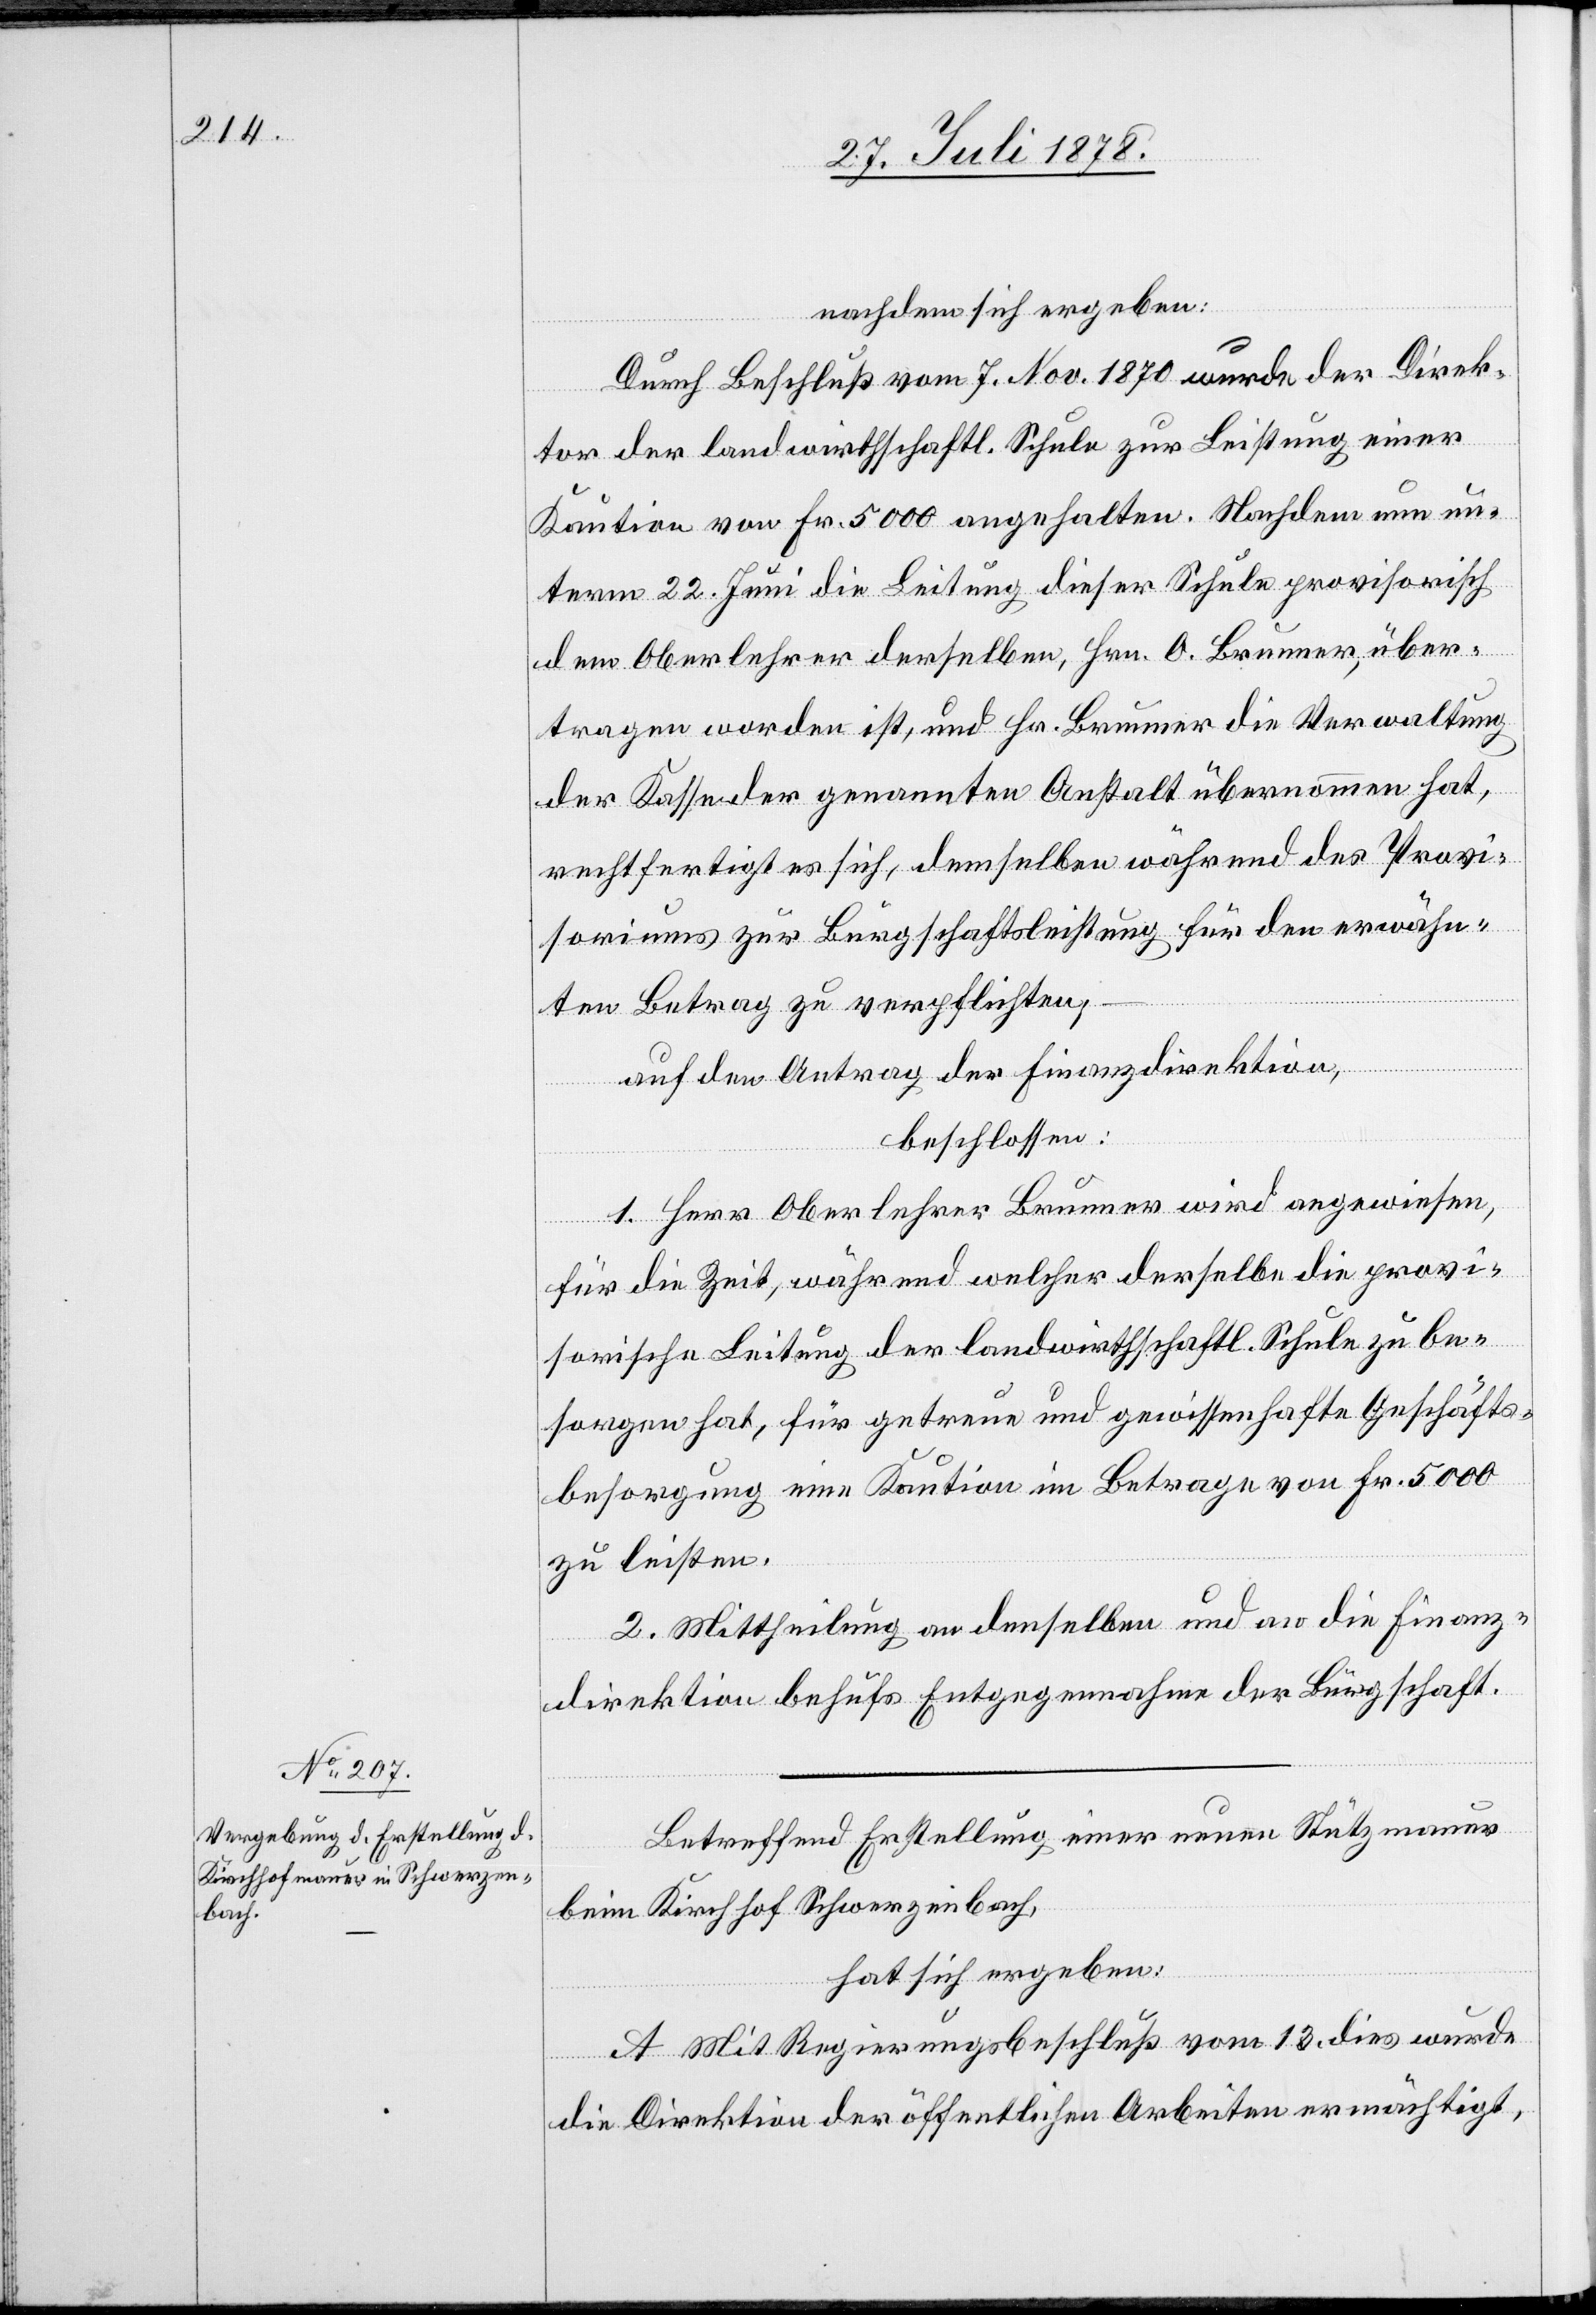
nachdem sich ergeben:
Durch Beschluß vom 7. Nov. 1870 wurde der Direk¬
tor der landwirthschaftl. Schule zur Leistung einer
Kaution von Fr. 5000 angehalten. Nachdem nun un¬
term 22. Juni die Leitung dieser Schule provisorisch
dem Oberlehrer derselben, Hrn. O. Brunner, über¬
tragen worden ist, und Hr. Brunner die Verwaltung
der Kasse der genannten Anstalt übernommen hat,
rechtfertigt es sich, demselben während des Provi¬
soriums zur Bürgschaftsleistung für den erwähn¬
ten Betrag zu verpflichten;
auf den Antrag der Finanzdirektion,
beschlossen:
1. Herr Oberlehrer Brunner wird angewiesen,
für die Zeit während welcher derselbe die provi¬
sorische Leitung der landwirthschaftl. Schule zu be¬
sorgen hat, für getreue und gewissenhafte Geschäfts¬
besorgung eine Kaution im Betrage von Fr. 5000
zu leisten.
2. Mittheilung an denselben und an die Finanz¬
direktion behufs Entgegennahme der Bürgschaft.
Betreffend Erstellung einer neuen Stützmauer
beim Kirchhof Schwerzenbach,
hat sich ergeben:
A. Mit Regierungsbeschluß vom 13. dies wurde
die Direktion der öffentlichen Arbeiten ermächtigt,